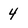
Character: 4